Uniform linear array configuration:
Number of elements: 24
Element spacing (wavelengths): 0.5
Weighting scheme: hann
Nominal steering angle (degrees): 15
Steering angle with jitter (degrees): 15.617
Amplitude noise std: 0.05
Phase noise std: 0.05

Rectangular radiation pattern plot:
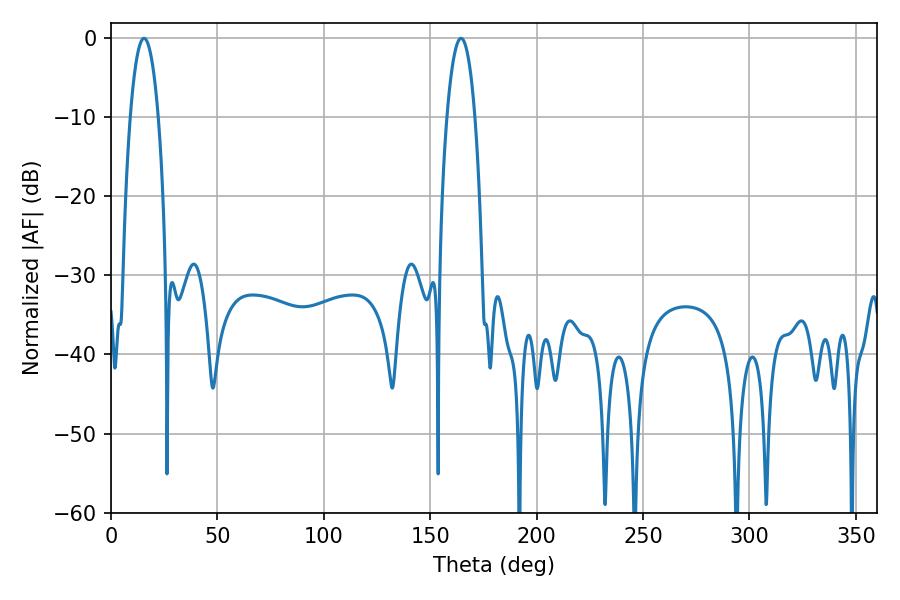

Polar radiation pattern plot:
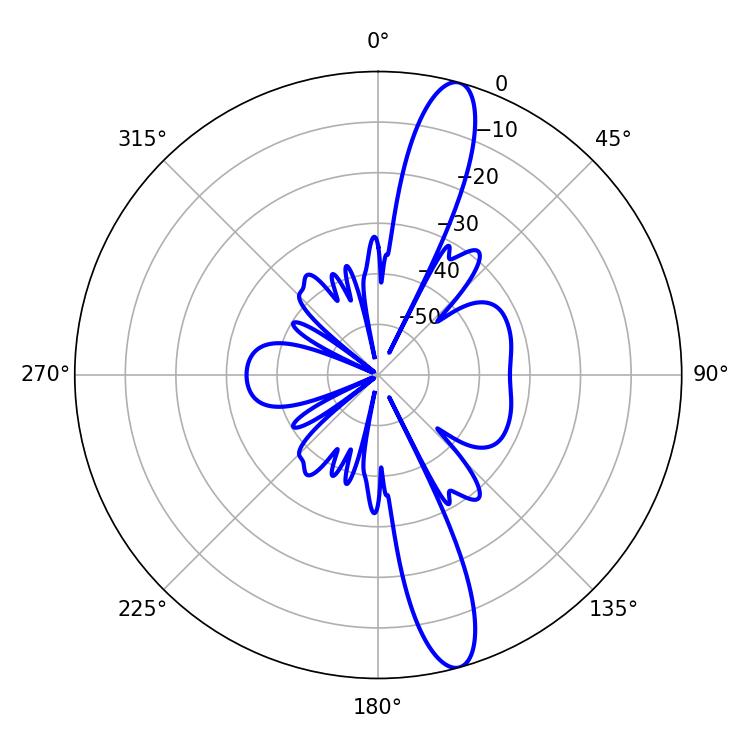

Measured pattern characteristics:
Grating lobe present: FALSE
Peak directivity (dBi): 14.322
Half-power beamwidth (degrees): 7.38
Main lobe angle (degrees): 164.52